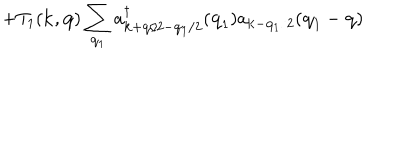
LaTeX: + T _ { 1 } ( { \bf { k } } , { \bf { q } } ) \sum _ { { \bf { q } } _ { 1 } } a _ { { \bf { k } } + { \bf { q } } / 2 - { \bf { q } } _ { 1 } / 2 } ^ { \dagger } ( { \bf { q } } _ { 1 } ) a _ { { \bf { k } } - { \bf { q } } _ { 1 } / 2 } ( { \bf { q } } _ { 1 } - { \bf { q } } )